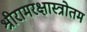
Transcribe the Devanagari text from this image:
श्रीरामरक्षास्त्रोतम